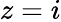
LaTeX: z=i